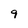
Character: 9